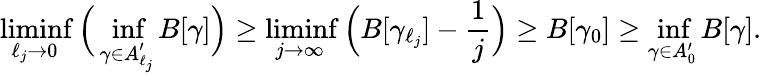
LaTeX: \operatorname*{liminf}_{\ell_{j}\to 0}\Big(\operatorname*{inf}_{\gamma\in A_{\ell_{j}}^{\prime}}B[\gamma]\Big)\geq\operatorname*{liminf}_{j\to\infty}\Big(B[\gamma_{\ell_{j}}]-\frac{1}{j}\Big)\geq B[\gamma_{0}]\geq\operatorname*{inf}_{\gamma\in A_{0}^{\prime}}B[\gamma].